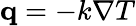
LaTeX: \mathbf{q}=-k{\nabla}T